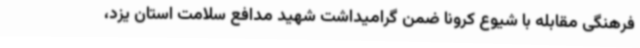
فرهنگی مقابله با شیوع کرونا ضمن گرامیداشت شهید مدافع سلامت استان یزد،